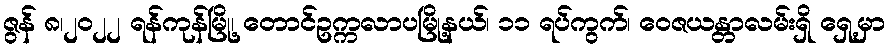
ဇွန် ၈၊၂၀၂၂ ရန်ကုန်မြို့၊ တောင်ဥက္ကလာပမြို့နယ်၊ ၁၁ ရပ်ကွက်၊ ဝေဇယန္တာလမ်းရှိ ရှေ့မှာ